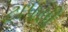
ટાપસી